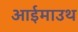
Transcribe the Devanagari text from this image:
आईमाउथ